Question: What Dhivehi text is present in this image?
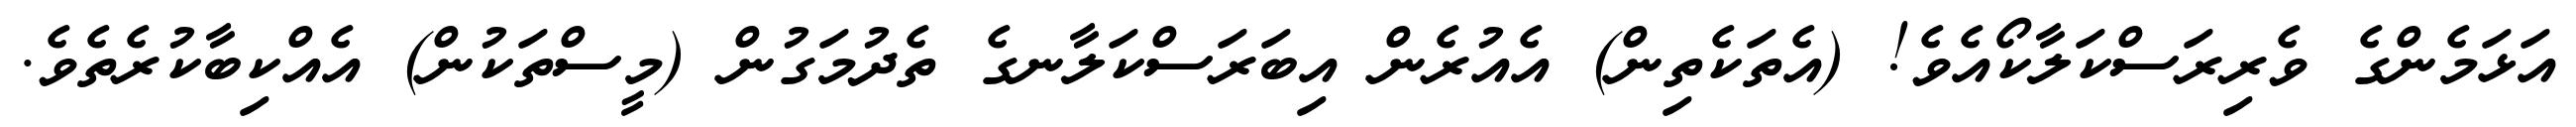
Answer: އަޅަމެންގެ ވެރިރަސްކަލާކޯއެވެ! (އެތަކެތިން) އެއުރެން އިބަރަސްކަލާނގެ ތެދުމަގުން (މީސްތަކުން) އެއްކިބާކުރެތެވެ.